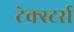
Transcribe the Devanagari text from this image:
टेक्स्टर्स